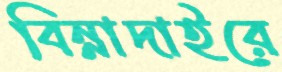
বিন্নাদাইরে